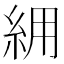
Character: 𮈉